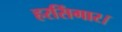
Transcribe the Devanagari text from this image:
हरसिंगार।